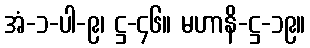
အံ-၁-ပါ-၉၊ ဋ္ဌ-၄၆။ မဟာနိ-ဋ္ဌ-၁၉။